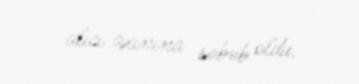
alıcı axınına səbəb oldu.